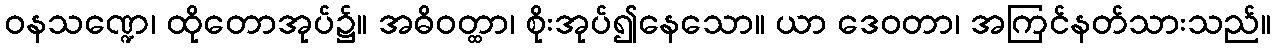
ဝနသဏ္ဍေ၊ ထိုတောအုပ်၌။ အဓိဝတ္ထာ၊ စိုးအုပ်၍နေသော။ ယာ ဒေဝတာ၊ အကြင်နတ်သားသည်။